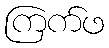
ကြက်ဖ